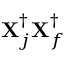
\mathbf { X } _ { j } ^ { \dagger } \mathbf { X } _ { f } ^ { \dagger }